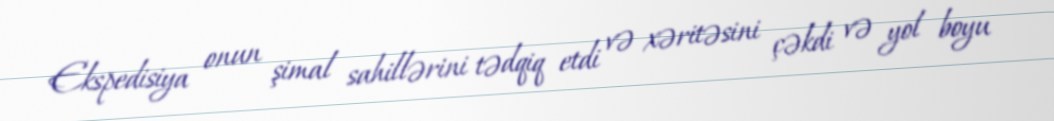
Ekspedisiya onun şimal sahillərini tədqiq etdi və xəritəsini çəkdi və yol boyu